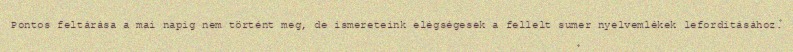
Pontos feltárása a mai napig nem történt meg, de ismereteink elégségesek a fellelt sumer nyelvemlékek lefordításához.